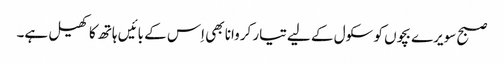
صبح سویرے بچوں کو سکول کے لیے تیار کروانا بھی اِس کے بائیں ہاتھ کا کھیل ہے۔